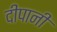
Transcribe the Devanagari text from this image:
दीपानी